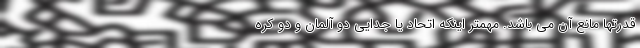
قدرتها مانع آن می باشد. مهمتر اینکه اتحاد یا جدایی دو آلمان و دو کره